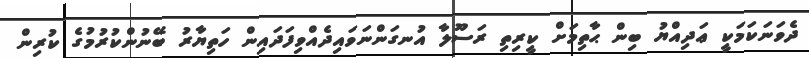
ދެވަނަކަމަކީ ޢަދިއްޔު ބިން ޙާތިމަށް ކީރިތި ރަސޫލާ އުނގަންނަވައިދެއްވިފަދައިން ހަތިޔާރު ބޭނުންކުރުމުގެ ކުރިން